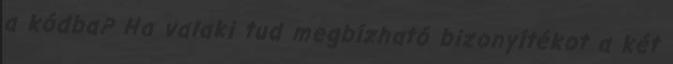
a kódba? Ha valaki tud megbízható bizonyítékot a két